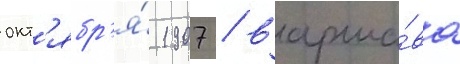
окт'ябр'я́ 1907 / варша́ва